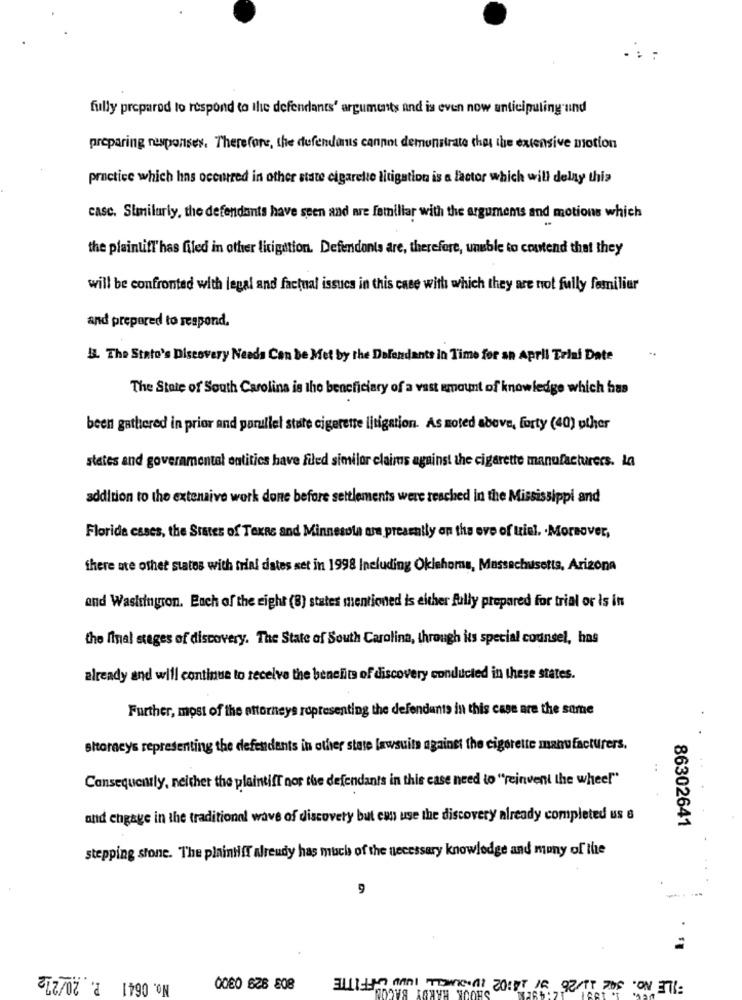
fully prepared to respond to the defendants' arguments and is even now anticipuling und
preparing responses. Therefore, the defendants cannot demonstrate that the extensive motion
practice which has occurred in other state cigarette litigation is a factor which will delny thia
case. Similarly, the defendants have seen and are familiar with the arguments and motions which
the plaintiff'has filed in other litigation. Defendonts are, therefore, unuble to contend that they
will be confronted with legal and factual issues in this case with which they are not fully familiar
and prepared to respond.
..
3. The Stato's Discovery Needs Can be Met by the Defendants in Time for an April Trini Date
The State of South Carolina is the beneficiary of a vast amount of knowledge which has
been gathered in prior and parallel state cigerente litigation. As noted above, forty (40) other
states and governmental entities have filed similar claims against the cigarette manufacturers. la
addition to the extensive work done before settlements were reached in the Mississippi and
Florida esses, the States of Texas and Minnesota are presently on the eve of tiel. . Moreover,
there are other states with trial dates set in 1998 Including Oklahoma, Massachusetts, Arizona
and Washingron. Each of the right (8) states mentioned is either fully prepared for trial or is in
the final stages of discovery. The State of South Carolina, through its special counsel, has
already and will continue to receive the benefits of discovery conducted in these states.
Further, most of the attorneys representing the defendants in this case are the same
attorneys representing the defendants in other state lawsuits against the cigarette manufacturers.
Consequently, neither the plaintiff nor the defendants in this case need to "reinvent the whee!"
and engage in the traditional wave of discovery but ewn use the discovery already completed us 6
86302641
stepping stone. The plaintiff already has much of the necessary knowledge and mony of the
. ..
No. 0641 P. 20/272
SHOOK HARDY BACON
0000 628 808